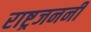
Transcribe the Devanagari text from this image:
राष्ट्रजननी